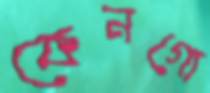
কেনগো